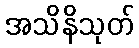
အသိနိသုတ်